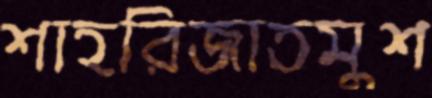
শাহরিজাতমুশ